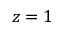
z = 1